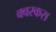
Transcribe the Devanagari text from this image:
क्वरकस